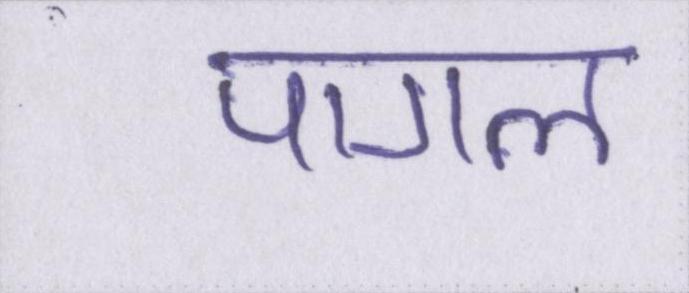
पागल